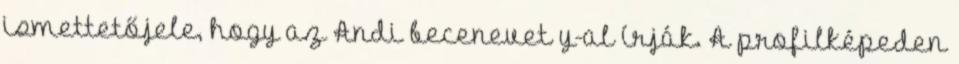
ismettetőjele, hogy az Andi becenevet y-al írják. A profilképeden